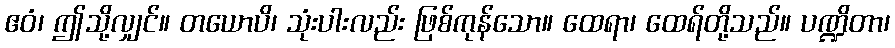
ဧဝံ၊ ဤသို့လျှင်။ တယောပိ၊ သုံးပါးလည်း ဖြစ်ကုန်သော။ ထေရာ၊ ထေရ်တို့သည်။ ပဏ္ဍိတာ၊